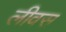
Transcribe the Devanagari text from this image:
लीवस